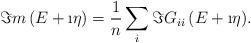
LaTeX: \begin{align*}\Im{m\left(E+\i\eta\right)=\frac{1}{n}\sum_{i}\Im{G_{ii}\left(E+\i\eta\right)}}.\end{align*}